Vaccine operations Central Provinces & Berar 1922-1929 - 1922-1929
Year: 1922
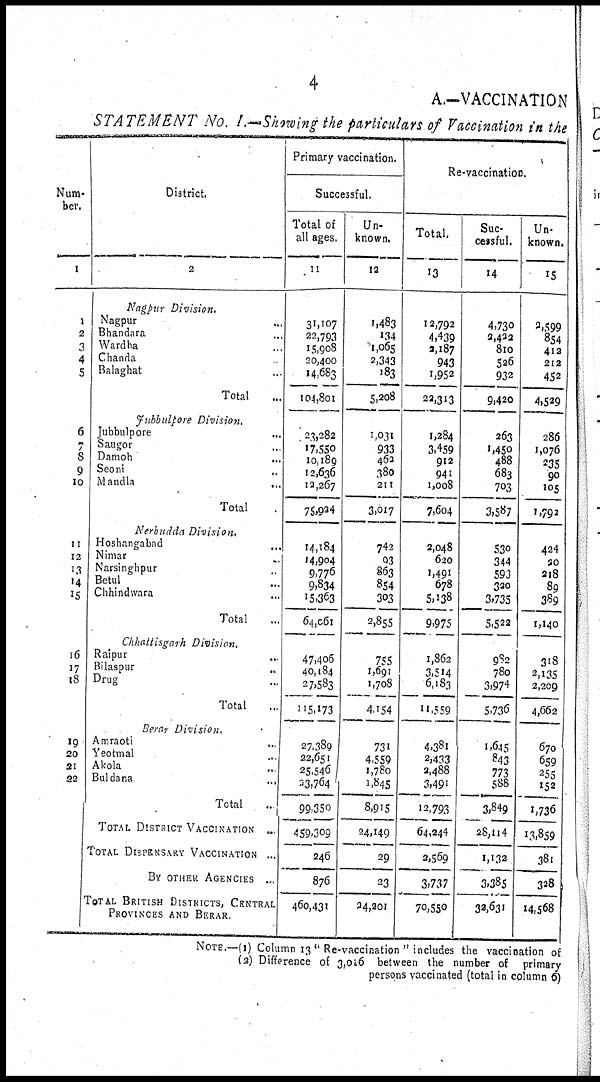
4
A.—VACCINATION
STATEMENT
No. I.—Showing the particulars of Vaccination in the
Num-
ber.
1
1
2
3
4
5
6
7
8
9
10
11
12
13
14
15
16
17
18
19
20
21
22
District.
2
Nagpur Division.
Nagpur...
Bhandara...
Wardha...
Chanda...
Ralaghat...
Total...
Jubbulpore Division.
Jubbulpore...
Saugor...
Damoh...
Seoni...
Mandla...
Total.
Nerbudda Division.
Hoshangabad...
Nimar...
Narsinghpur...
Betul...
Chhindwara...
Total...
Chhattisgarh Division.
Raipur...
Bilaspur...
Drug...
Total...
Berar Division.
Amraoti...
Yeotmal...
Akola...
Buldana...
Total...
TOTAL DISTRICT VACCINATION ..
TOTAL DISPENSARY VACCINATION ...
BY OTHER AGENCIES...
TOTAL BRITISH DISTRICTS, CENTRAL
PROVINCES AND BERAR.
Primary vaccination.
Successful.
Total of
all ages.
11
31,107
22,793
15,908
20,400
14,683
104,801
23,282
17,550
10,189
12,636
12,267
75,924
14,184
14,904
9,776
9,834
15,363
64,061
47,406
40,184
27,583
11,173
27,389
22,651
25,546
33,764
99,350
459,309
246
876
460,431
Un-
known.
12
1,483
134
1,065
2,343
183
5,208
1,031
933
462
380
211
3,017
742
93
863
854
303
2,855
755
1,691
1,708
4,154
731
4,559
1,780
1,845
8,915
24,149
29
23
34,201
Re-vaccination.
Total.
13
12,792
4,439
2,187
943
1,952
22,313
1,284
3,459
912
941
1,008
7,604
2,048
620
1,491
678
5,138
9,975
1,862
3,514
6,183
11,559
4,381
2,433
2,488
3,491
12,793
64,244
2,569
3,737
70,550
Suc-
cessful.
14
4,730
2,432
810
526
932
9,420
263
1,450
488
683
703
3,587
530
344
593
320
3,735
5,522
982
780
3,974
5,736
1,645
843
773
588
3,849
28,114
1,132
3,385
32,631
Un-
known.
15
2,599
854
412
212
452
4,529
286
1,076
235
90
105
1,793
424
20
218
89
389
1,140
318
2,135
2,209
4,662
670
659
255
152
1,736
13,859
381
328
14,568
NOTE.—(1) Column 13" Re-vaccination" includes the vaccination of
(2) Difference of 3,016 between the number of primary
persons vaccinated (total in column 6)